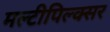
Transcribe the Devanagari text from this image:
मल्टीपिल्क्सर